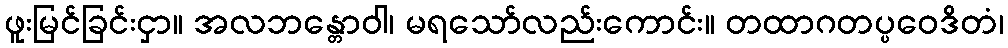
ဖူးမြင်ခြင်းငှာ။ အလဘန္တောဝါ၊ မရသော်လည်းကောင်း။ တထာဂတပ္ပဝေဒိတံ၊